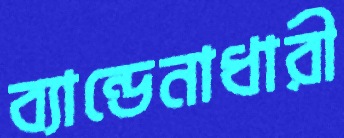
ব্যান্ডেনাধারী